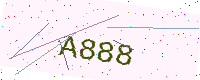
Text: A888